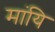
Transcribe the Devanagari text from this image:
मांयि